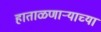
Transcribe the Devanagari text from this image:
हाताळणार्‍याच्या